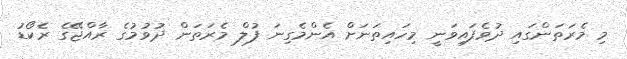
މި މެރަތަންގައި ދުވެފައިވަނީ މިހައިތަނަށް އެންމެގިނަ ފުލް މެރަތަން ދުވުމުގެ ރާއްޖޭގެ ރެކޯޑު